Annual report of the Punjab Veterinary College and of the Civil Veterinary Department, Punjab - 1909-1919
Year: 1909
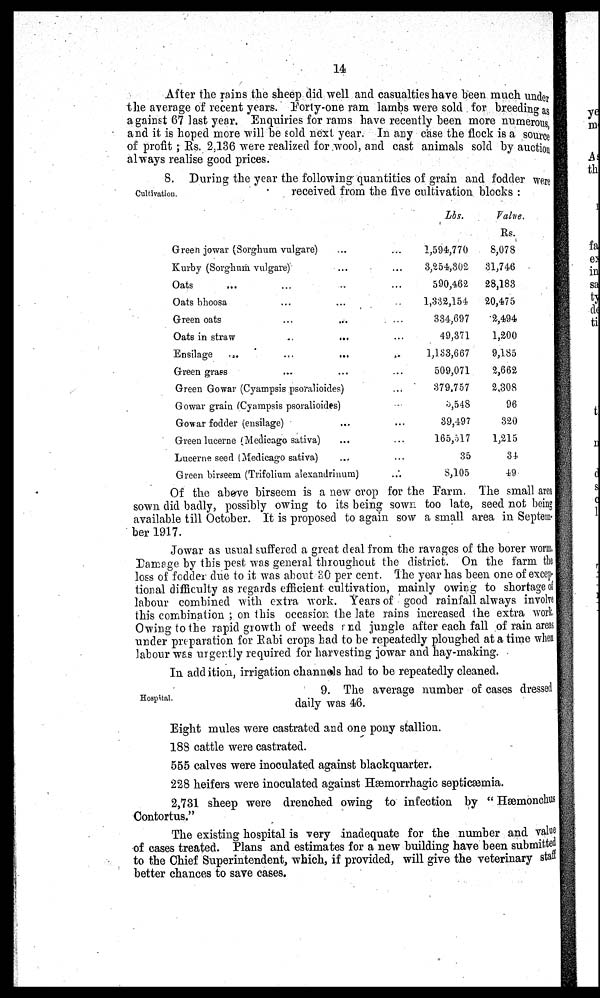
14
After the rains the sheep did well and casualties have been much under
the average of recent years. Forty-one ram lambs were sold for breeding as
against 67 last year. Enquiries for rams have recently been more numerous
and it is hoped more will be sold next year. In any case the flock is a source
of profit ; Rs. 2,136 were realized for .wool, and cast animals sold by auction
always realise good prices.
Cultivation.
8. During the year the following quantities of grain and fodder were
received from the five cultivation blocks :
Green jowar (Sorghum vulgare) ... ...
Kurby (Sorghum vulgare) ... ...
Oats
... ... ... ...
Oats bhoosa ... ... ... ... ...
Green oats ... ... ... ...
Oats in straw ... ... ... ... ...
Ensilage ... ... ... ... ...
Green grass ... ... ... ... ...
Green Gowar (Cyampsis psoralioides) ...
Gowar grain (Cyampsis psoralioides) ...
Gowar fodder (ensilage) ...
Green lucerne (Medicago sativa) ... ...
Lucerne seed (Medicago sativa) ... ...
Green birseem (Trifolium alexandrinum) ...
Lbs.
1,594,770
3,254,302
590,4,62
1,332,154
334,697
49,371
1,133,667
509,071
379,757
3,548
39,497
165,5l7
35
8,105
Value.
Rs.
8,078
31,746
28,183
20,475
2,494
1,200
9,185
2,662
2,308
96
320
1,215
34
49
Of the above birseem is a new crop for the Farm. The small area
sown did badly, possibly owing to its being sown too late, seed not being
available till October. It is proposed to again sow a small area in Septem-
ber 1917.
Jowar as usual suffered a great deal from the ravages of the borer worm.
Damage by this pest was general throughout the district. On the farm the
loss of fodder due to it was about 30 per cent. The year has been one of excep-
tional difficulty as regards efficient cultivation, mainly owing to shortage of
labour combined with extra work. Years of good rainfall always involve
this combination ; on this occasion the late rains increased the extra work
Owing to the rapid growth of weeds and jungle after each fall of rain areas
under preparation for Rabi crops had to be repeatedly ploughed at a time when
labour was urgently required for harvesting jowar and hay-making.
In addition, irrigation channels had to be repeatedly cleaned.
Hospital.
9. The average number of cases dressed
daily was 46.
Eight mules were castrated and one pony stallion.
183 cattle were castrated.
555 calves were inoculated against blackquarter.
228 heifers were inoculated against Hæmorrhagic septicæmia.
2,731 sheep were drenched owing to infection by " Hæmonchus
Contortus."
The existing hospital is very inadequate for the number and value
of cases treated. Plans and estimates for a new building have been submitted
to the Chief Superintendent, which, if provided, will give the veterinary staff
better chances to save cases.